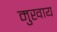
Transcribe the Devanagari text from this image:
मुखाय